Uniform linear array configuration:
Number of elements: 32
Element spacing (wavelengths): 0.25
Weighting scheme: cosine
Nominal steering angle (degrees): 45
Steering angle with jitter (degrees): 46.906
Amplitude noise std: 0.05
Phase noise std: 0.05

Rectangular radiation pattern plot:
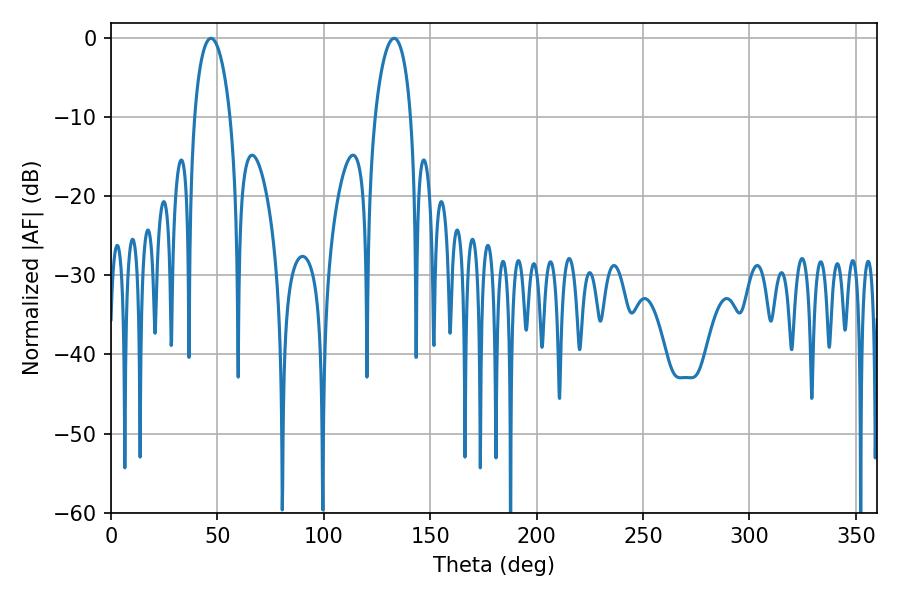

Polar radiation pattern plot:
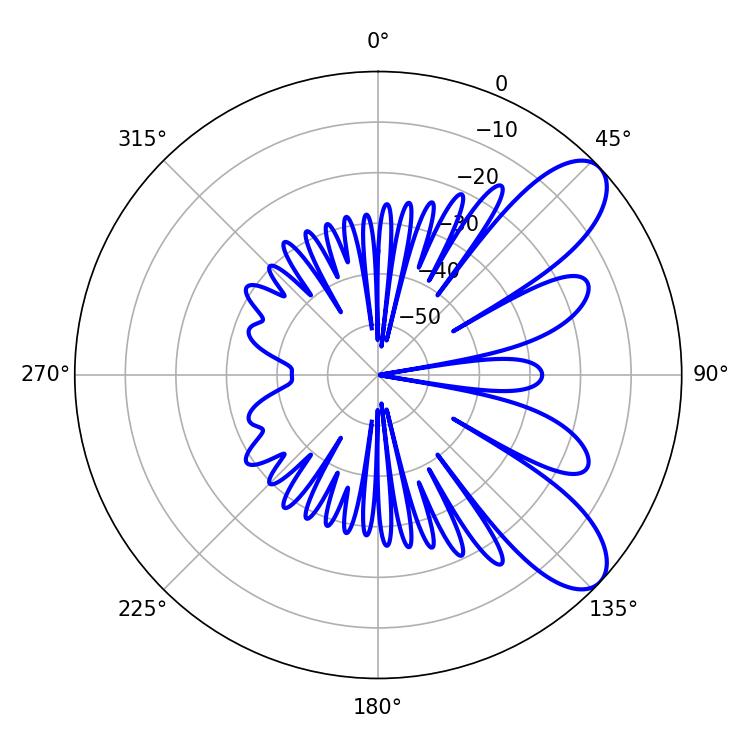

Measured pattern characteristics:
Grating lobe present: FALSE
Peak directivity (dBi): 8.711
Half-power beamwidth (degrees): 9.72
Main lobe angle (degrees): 133.02